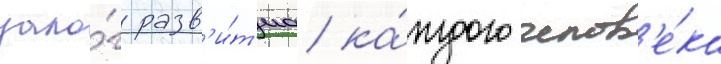
зало́г разв'и́т'иа ка́ждого челов'е́ка